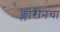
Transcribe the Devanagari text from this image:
क्लोरीनचा